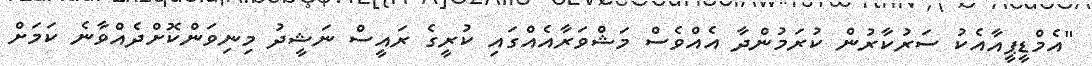
"އެމްޑީޕީއާއެކު ސަރުކާރުން ކުރަމުންދާ އެއްވެސް މަޝްވަރާއެއްގައި ކުރީގެ ރައީސް ނަޝީދު މިނިވަންކޮށްދެއްވާނެ ކަމަށް